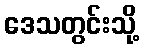
ဒေသတွင်းသို့